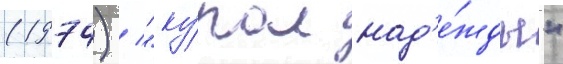
(1974) / "ку́пол над'е́жды"